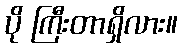
ပို ကြီးတာရှိလား။